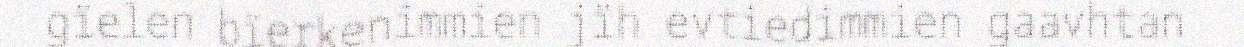
gïelen bïerkenimmien jïh evtiedimmien gaavhtan